Scottish Certificate of Education, 1963
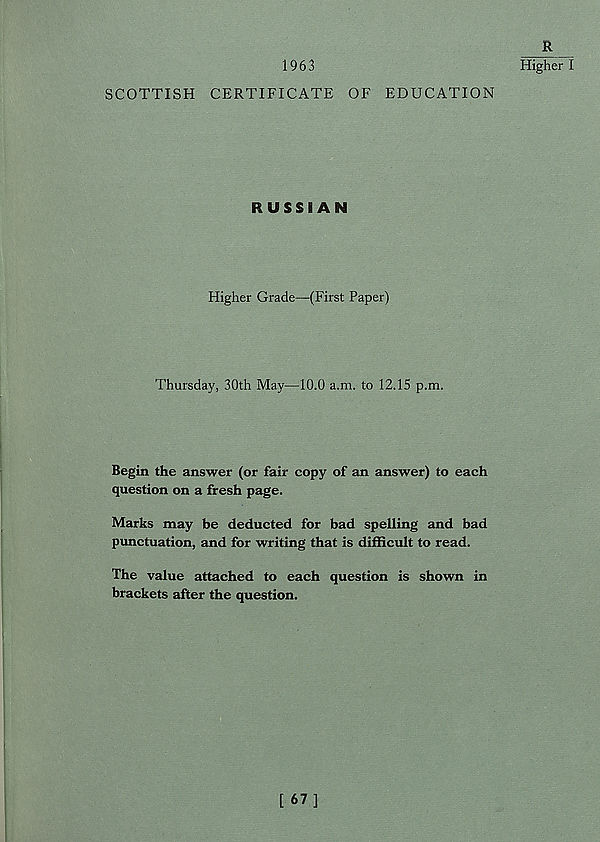
1963
SCOTTISH CERTIFICATE OF EDUCATION
RUSSIAN
Higher Grade—(First Paper)
Thursday, 30th May—10.0 a.m. to 12.15 p.m.
Begin the answer (or fair copy of an answer) to each
question on a fresh page.
Marks may be deducted for bad spelling and bad
punctuation, and for writing that is difficult to read.
The value attached to each question is shown in
brackets after the question.
R
Higher I
[ 67]